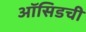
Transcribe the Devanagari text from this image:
ऑसिडची